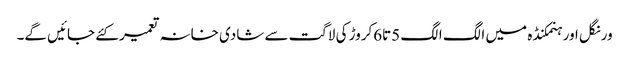
ورنگل اور ہنمکنڈہ میں الگ الگ 5تا6کروڑ کی لاگت سے شادی خانہ تعمیر کئے جائیں گے۔